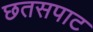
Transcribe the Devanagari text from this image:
छतसपाट